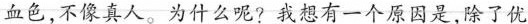
血色,不像真人。为什么呢?我想有一个原因是,除了优